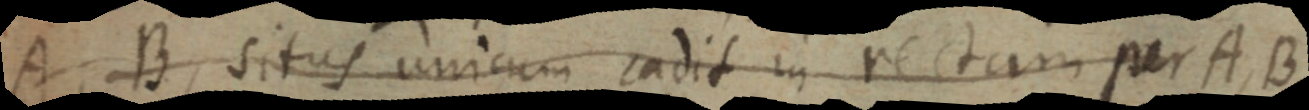
A, B situs unicum cadit in rectam per A, B